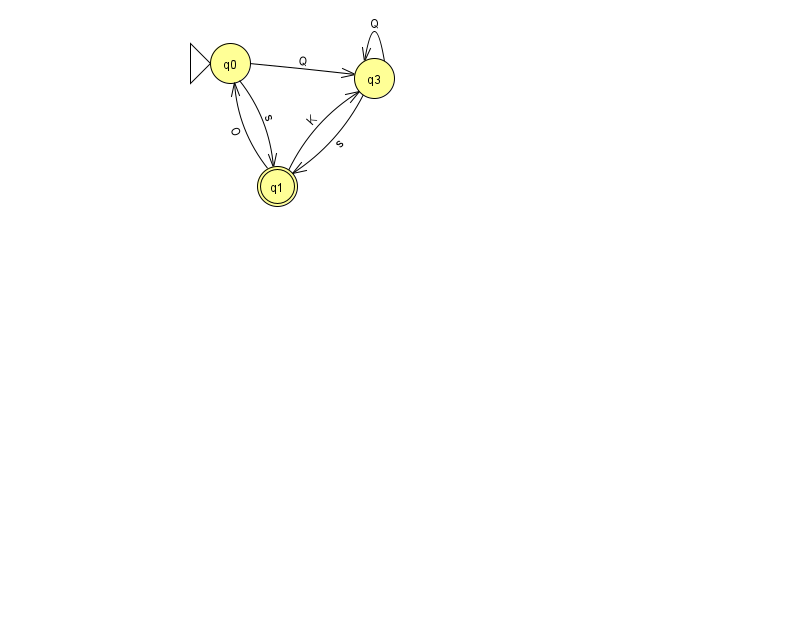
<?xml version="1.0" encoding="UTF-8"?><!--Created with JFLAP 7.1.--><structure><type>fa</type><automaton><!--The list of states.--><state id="0" name="q0"><x>230.0</x><y>50.0</y><initial/></state><state id="1" name="q1"><x>277.0</x><y>173.0</y><final/></state><state id="3" name="q3"><x>374.0</x><y>65.0</y></state><!--The list of transitions.--><transition><from>3</from><to>3</to><read>Q</read></transition><transition><from>3</from><to>1</to><read>s</read></transition><transition><from>1</from><to>0</to><read>O</read></transition><transition><from>0</from><to>1</to><read>s</read></transition><transition><from>0</from><to>3</to><read>Q</read></transition><transition><from>1</from><to>3</to><read>K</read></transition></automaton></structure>